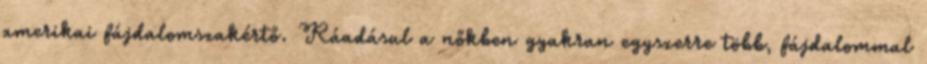
amerikai fájdalomszakértő. Ráadásul a nőkben gyakran egyszerre több, fájdalommal